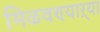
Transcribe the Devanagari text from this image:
मिळवण्याऱ्या